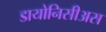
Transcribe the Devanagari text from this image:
डायोनिसीअस